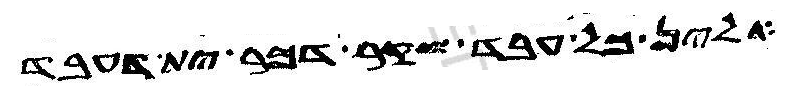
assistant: אלין כל עבד שקר דכר ית דעבד